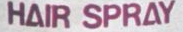
HAIR SPRAY